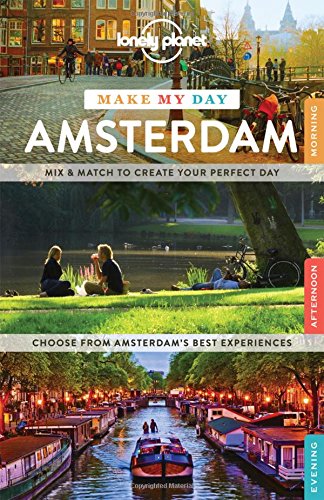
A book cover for Lonely Planet Make My Day Amsterdam (Travel Guide); Lonely Planet; Travel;